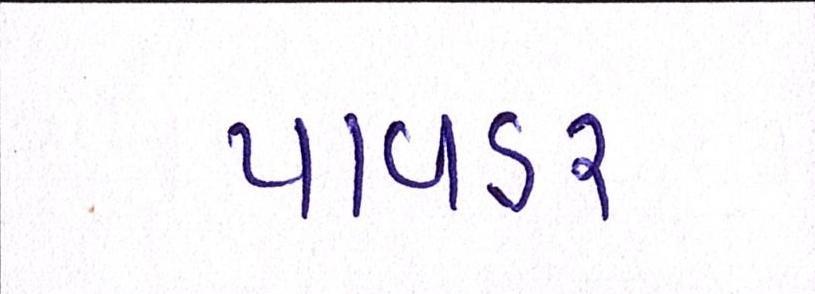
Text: પાવડર